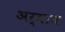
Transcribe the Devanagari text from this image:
अर्बान